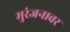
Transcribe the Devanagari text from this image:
मुरंजनावर